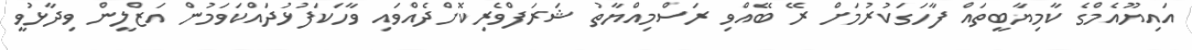
އައިޔޫއެމްގެ ކާމިޔާބީތައް ފާހަގަކުރުމަށް ރޭ ބޭއްވި ރަސްމިއްޔާތު ޝަރަފްވެރިކޮށްދެއްވައި ވާހަކަފުޅުދައްކަވަމުން އަޒްލީން ވިދާޅުވީ